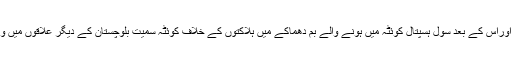
بلوچستان بار ایسوسی ایشن کے صدر بلال انور کاسی کی ٹارگٹ کلنگ اوراس کے بعد سول ہسپتال کوئٹہ میں ہونے والے بم دھماکے میں ہلاکتوں کے خلاف کوئٹہ سمیت بلوچستان کے دیگر علاقوں میں وکلا نے دوسرے روز بھی عدالتوں کی کاروائی کا بائیکاٹ جاری رکھا۔